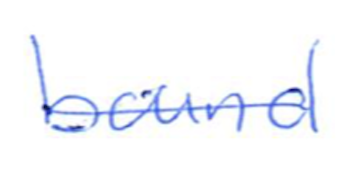
Text: bound
Cross-out: single-line
Writing tool: ballpoint